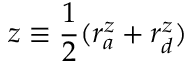
z \equiv \frac { 1 } { 2 } ( r _ { a } ^ { z } + r _ { d } ^ { z } )